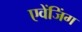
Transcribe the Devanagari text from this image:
एवेंजिंग